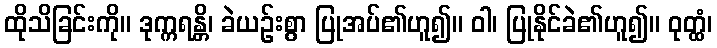
ထိုသိခြင်းကို။ ဒုက္ကရန္တိ၊ ခဲယဉ်းစွာ ပြုအပ်၏ဟူ၍။ ဝါ၊ ပြုနိုင်ခဲ၏ဟူ၍။ ဝုတ္ထံ၊